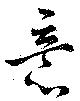
意